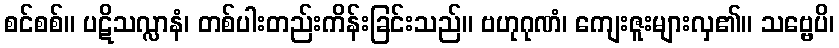
စင်စစ်။ ပဋိသလ္လာနံ၊ တစ်ပါးတည်းကိန်းခြင်းသည်။ ဗဟုဂုဏံ၊ ကျေးဇူးများလှ၏။ သဗ္ဗေပိ၊